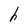
Character: h